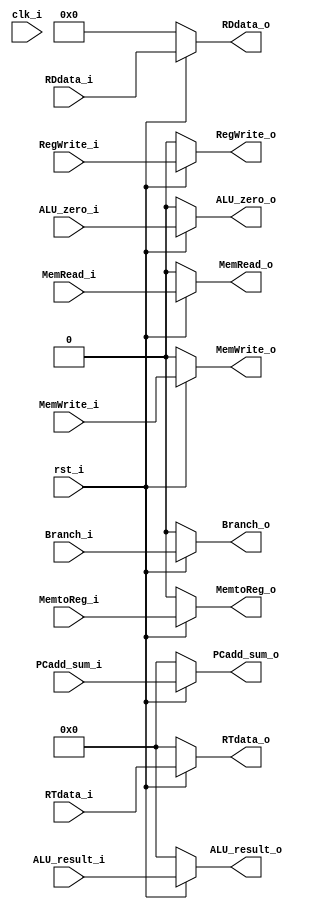
`timescale 1ns / 1ps
//////////////////////////////////////////////////////////////////////////////////
// Company: 
// Engineer: 
// 
// Design Name: 
// Module Name:    EXMEM 
// Project Name: 
// Target Devices: 
// Tool versions: 
// Description: 
//
// Dependencies: 
//
// Revision: 
// Revision 0.01 - File Created
// Additional Comments: 
//
//////////////////////////////////////////////////////////////////////////////////
module EXMEM(
	input clk_i,
	input rst_i,
	input RegWrite_i,
	input MemtoReg_i,
	input Branch_i,
	input [32-1:0]PCadd_sum_i,
	input ALU_zero_i,
	input [32-1:0] ALU_result_i,
	input [32-1:0] RTdata_i,
	input [5-1:0] RDdata_i,
	input MemRead_i,
	input MemWrite_i,
	output reg RegWrite_o,
	output reg Branch_o,
	output reg MemRead_o,
	output reg MemWrite_o,
	output reg [32-1:0]PCadd_sum_o,
	output reg ALU_zero_o,
	output reg [32-1:0] ALU_result_o,
	output reg [32-1:0] RTdata_o,
	output reg [5-1:0] RDdata_o,
	output reg MemtoReg_o
	);
    always@(clk_i)begin
		if (rst_i)begin
			RegWrite_o = RegWrite_i;
			MemtoReg_o = MemtoReg_i;
			Branch_o = Branch_i;
			PCadd_sum_o = PCadd_sum_i;
			ALU_zero_o = ALU_zero_i;
			ALU_result_o = ALU_result_i;
			RTdata_o = RTdata_i;
			RDdata_o = RDdata_i;
			MemRead_o = MemRead_i;
			MemWrite_o = MemWrite_i;
		end
		else begin
			RegWrite_o = 0;
			MemtoReg_o = 0;
			Branch_o = 0;
			PCadd_sum_o = 0;
			ALU_zero_o = 0;
			ALU_result_o = 0;
			RTdata_o = 0;
			RDdata_o = 0;
			MemRead_o = 0;
			MemWrite_o = 0;
		end
    end
endmodule